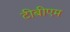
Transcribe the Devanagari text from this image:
टीबीएम